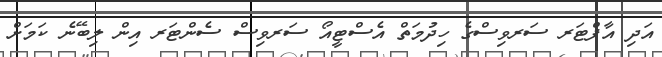
އަދި އާފްޓަރ ސަރވިސްގެ ހިދުމަތް އެސްޓީއޯ ސަރވިސް ސެންޓަރ އިން ލިބޭނެ ކަމަށް